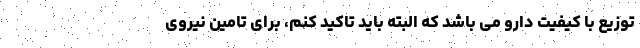
توزیع با کیفیت دارو می باشد که البته باید تاکید کنم، برای تامین نیروی